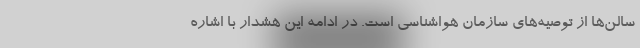
سالن‌ها از توصیه‌های سازمان هواشناسی است. در ادامه این هشدار با اشاره